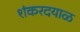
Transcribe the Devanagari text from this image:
शंकरदयाळ